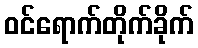
ဝင်ရောက်တိုက်ခိုက်